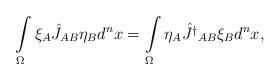
LaTeX: \begin{align*}\int\limits_{\Omega}\xi_A\hat J_{AB}\eta_Bd^nx=\int\limits_{\Omega}\eta_A\hat {J^\dagger}_{AB}\xi_B d^nx,\end{align*}